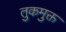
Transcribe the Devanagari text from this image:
तुकमुक्त